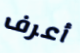
أعرف